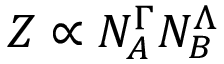
Z \propto N _ { A } ^ { \Gamma } N _ { B } ^ { \Lambda }